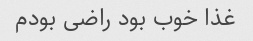
غذا خوب بود راضی بودم